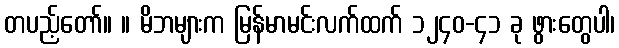
တပည့်တော်။ ။ မိဘများက မြန်မာမင်းလက်ထက် ၁၂၄၀-၄၁ ခု ဖွားတွေပါ၊